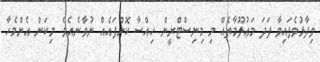
ވިދާޅުވެފައިވާ ފަދަ މަޢުލޫމާތެއް މި މިނިސްޓްރީން ހިއްސާ ކޮށްފައެއް ނުވާނެއެވެ. މިކަން އެންމެހާ